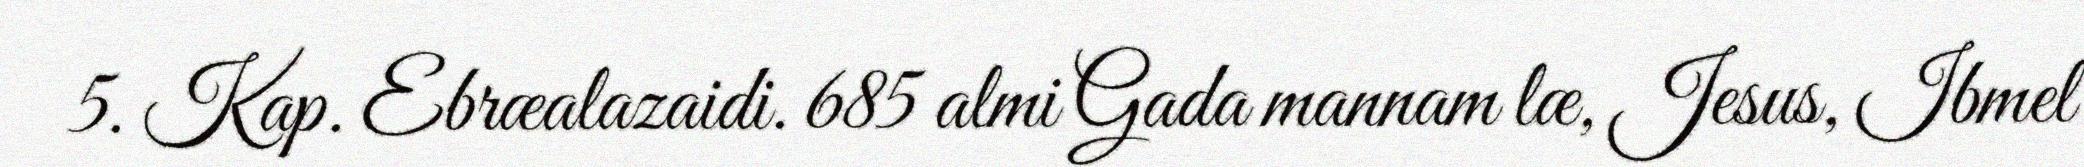
5. Kap. Ebræalazaidi. 685 almi Gada mannam læ, Jesus, Ibmel